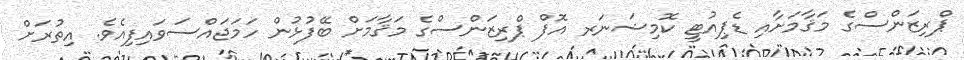
ޕްރިޒަންސްގެ މަޤާމަށާއި ޑެޕިއުޓީ ކޮމިޝަނަރ އޮފް ޕްރިޒަންސްގެ މަޤާމަށް ބޭފުޅުން ހަމަޖައްސަވައިފިއެވެ. އިތުރަށް